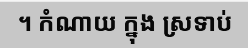
។ កំណាយ ក្នុង ស្រទាប់